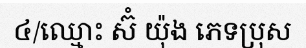
៤/ឈ្មោះ ស៊ំ យ៉ុង ភេទប្រុស